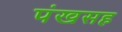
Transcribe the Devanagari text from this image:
पंखसह